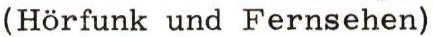
(Hörfunk und Fernsehen)